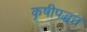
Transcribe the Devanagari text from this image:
कृषीपद्धत